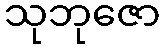
သုဘုဇော